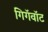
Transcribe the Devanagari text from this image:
गिगॅवॉट